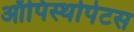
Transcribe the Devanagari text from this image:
ऑपिस्थोपेटस